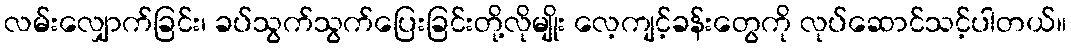
လမ်းလျှောက်ခြင်း၊ ခပ်သွက်သွက်ပြေးခြင်းတို့လိုမျိုး လေ့ကျင့်ခန်းတွေကို လုပ်ဆောင်သင့်ပါတယ်။